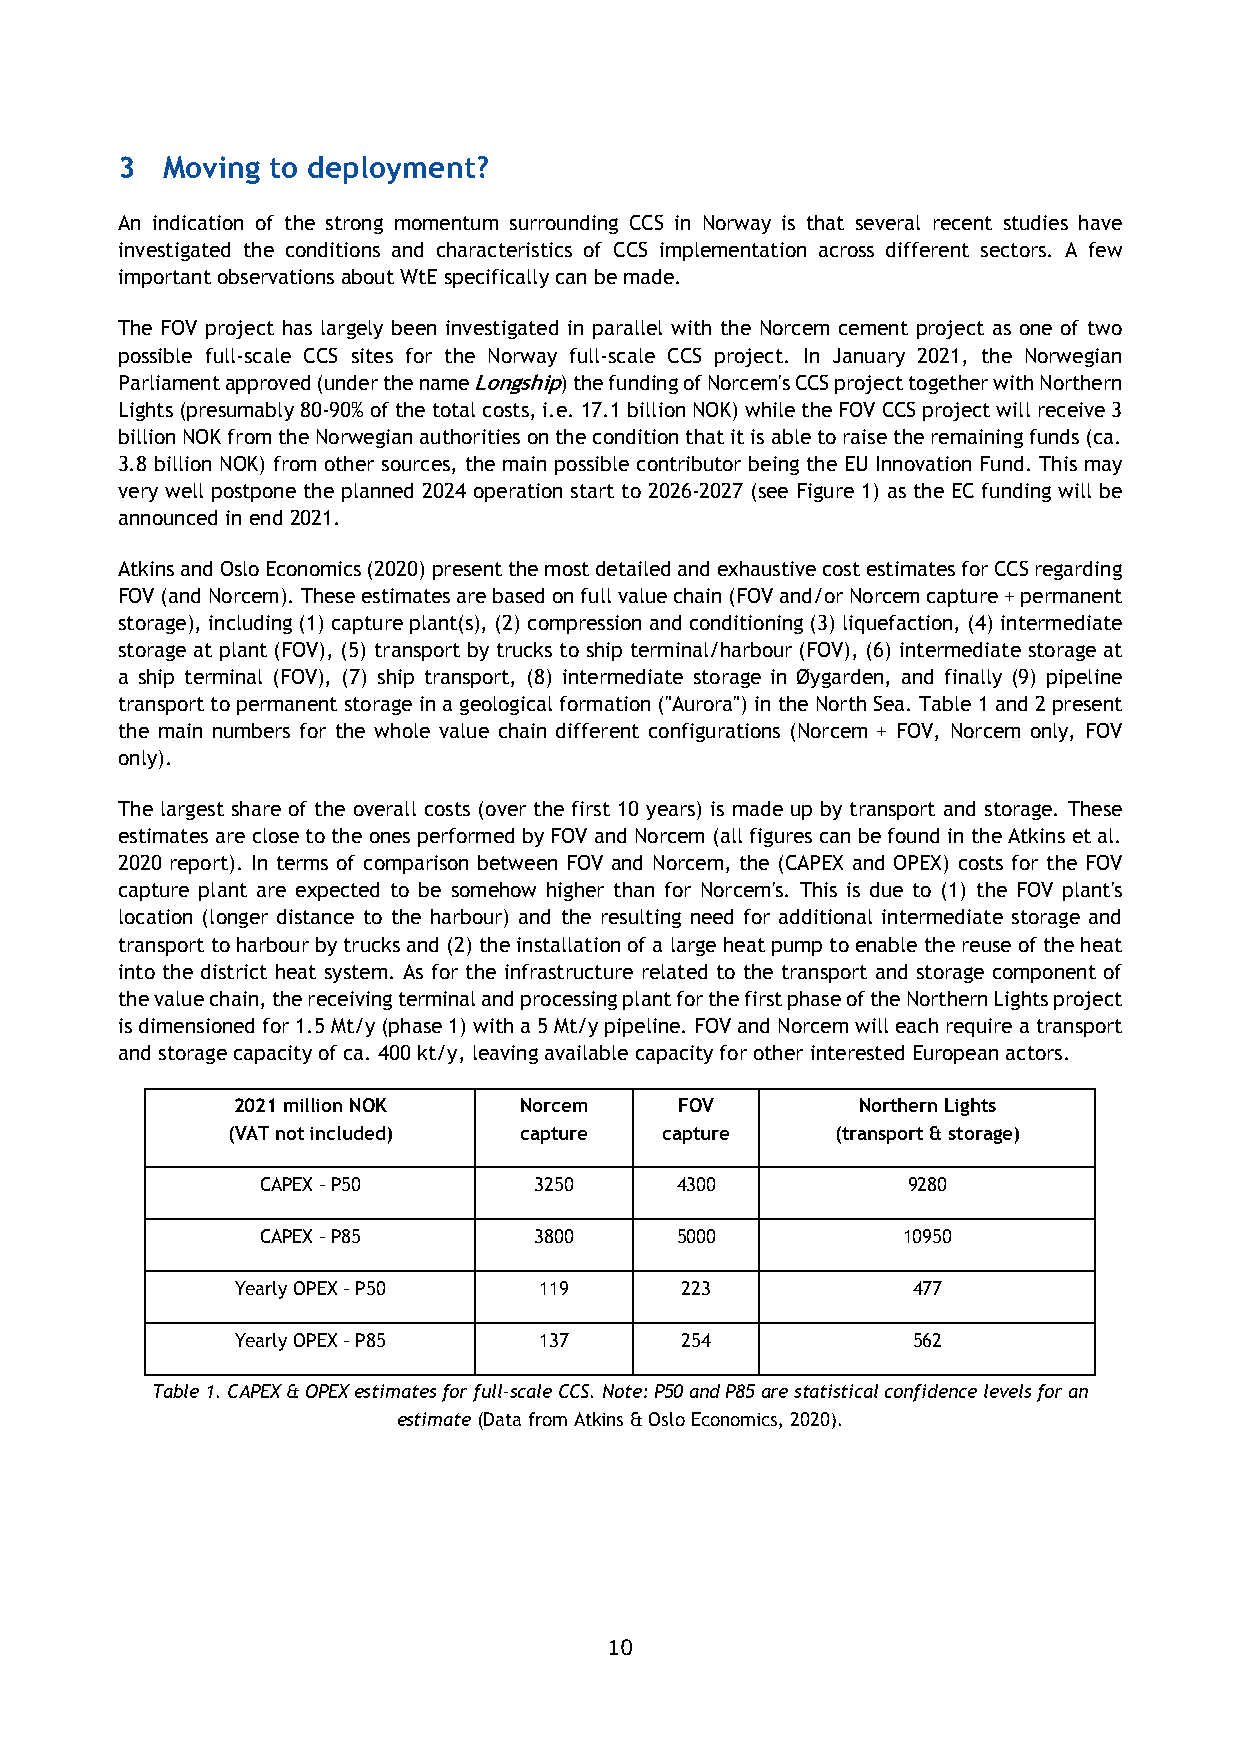
3  Moving to deployment?
 An indication of the strong momentum surrounding CCS in Norway is that several recent studies have
 investigated the conditions and characteristics of CCS implementation across different sectors. A few
 important observations about WtE specifically can be made.
 The FOV project has largely been investigated in parallel with the Norcem cement project as one of two
 possible full-scale CCS sites for the Norway full-scale CCS project. In January 2021, the Norwegian
 Parliament approved (under the name Longship) the funding of Norcem's CCS project together with Northern
 Lights (presumably 80-90% of the total costs, i.e. 17.1 billion NOK) while the FOV CCS project will receive 3
 billion NOK from the Norwegian authorities on the condition that it is able to raise the remaining funds (ca.
 3.8 billion NOK) from other sources, the main possible contributor being the EU Innovation Fund. This may
 very well postpone the planned 2024 operation start to 2026-2027 (see Figure 1) as the EC funding will be
 announced in end 2021.
 Atkins and Oslo Economics (2020) present the most detailed and exhaustive cost estimates for CCS regarding
 FOV (and Norcem). These estimates are based on full value chain (FOV and/or Norcem capture + permanent
 storage), including (1) capture plant(s), (2) compression and conditioning (3) liquefaction, (4) intermediate
 storage at plant (FOV), (5) transport by trucks to ship terminal/harbour (FOV), (6) intermediate storage at
 a ship terminal (FOV), (7) ship transport, (8) intermediate storage in Øygarden, and finally (9) pipeline
 transport to permanent storage in a geological formation ("Aurora") in the North Sea. Table 1 and 2 present
 the main numbers for the whole value chain different configurations (Norcem + FOV, Norcem only, FOV
 only).
 The largest share of the overall costs (over the first 10 years) is made up by transport and storage. These
 estimates are close to the ones performed by FOV and Norcem (all figures can be found in the Atkins et al.
 2020 report). In terms of comparison between FOV and Norcem, the (CAPEX and OPEX) costs for the FOV
 capture plant are expected to be somehow higher than for Norcem's. This is due to (1) the FOV plant's
 location (longer distance to the harbour) and the resulting need for additional intermediate storage and
 transport to harbour by trucks and (2) the installation of a large heat pump to enable the reuse of the heat
 into the district heat system. As for the infrastructure related to the transport and storage component of
 the value chain, the receiving terminal and processing plant for the first phase of the Northern Lights project
 is dimensioned for 1.5 Mt/y (phase 1) with a 5 Mt/y pipeline. FOV and Norcem will each require a transport
 and storage capacity of ca. 400 kt/y, leaving available capacity for other interested European actors.
 2021 million NOK   Norcem     FOV         Northern Lights
 (VAT not included) capture   capture    (transport & storage)
 CAPEX – P50       3250      4300           9280
 CAPEX – P85       3800      5000           10950
 Yearly OPEX – P50   119      223            477
 Yearly OPEX – P85   137      254            562
 Table 1. CAPEX & OPEX estimates for full-scale CCS. Note: P50 and P85 are statistical confidence levels for an
 estimate (Data from Atkins & Oslo Economics, 2020).
 10